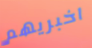
اخبريهم